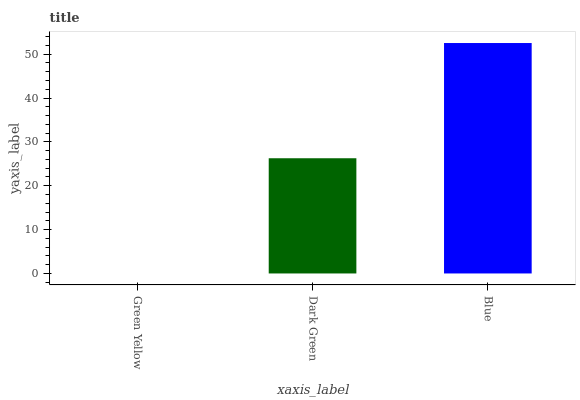
| xaxis_label | bars |
 | --- | --- |
 | Green Yellow | 0 |
 | Dark Green | 26.3 |
 | Blue | 52.5 |